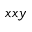
x x y